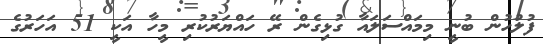
ފުލުހުން ބުނީ މިމައްސަލައާ ގުޅިގެން ރޭ ހައްޔަރުކުރި މީހާ އަކީ 51 އަހަރުގެ